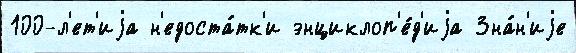
100-л'ет'иjа н'едоста́тк'и энциклоп'е́д'иjа Зна́н'иjе